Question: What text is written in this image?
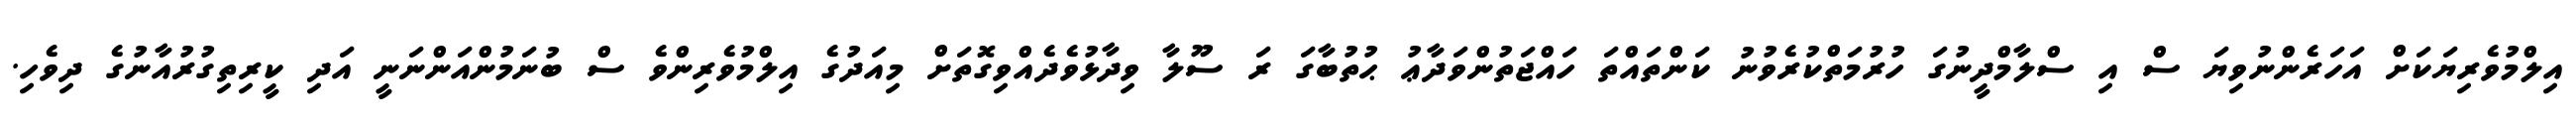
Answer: އިލްމުވެރިޔަކަށް އަހަރެންނުވިޔަ ސް އި ސްލާމްދީނުގަ ހުރުމަތްކުރެވުނު ކަންތައްތަ ހައްޖަތުންވަދާޢު ޙުތުބާގަ ރަ ސޫލާ ވިދާޅުވެދެއްވިގޮތަށް މިއަދުގެ އިލްމުވެރިންވެ ސް ބުނަމުންއަންނަނީ އަދި ކީރިތިގުރުއާނުގެ ދިވެހި.